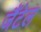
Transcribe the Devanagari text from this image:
जैंटेल